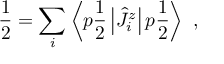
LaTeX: { \frac { 1 } { 2 } } = \sum _ { i } \left\langle p { \frac { 1 } { 2 } } \left| \hat { J } _ { i } ^ { z } \right| p { \frac { 1 } { 2 } } \right\rangle \ ,